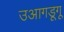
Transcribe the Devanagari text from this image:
उआगडूगू